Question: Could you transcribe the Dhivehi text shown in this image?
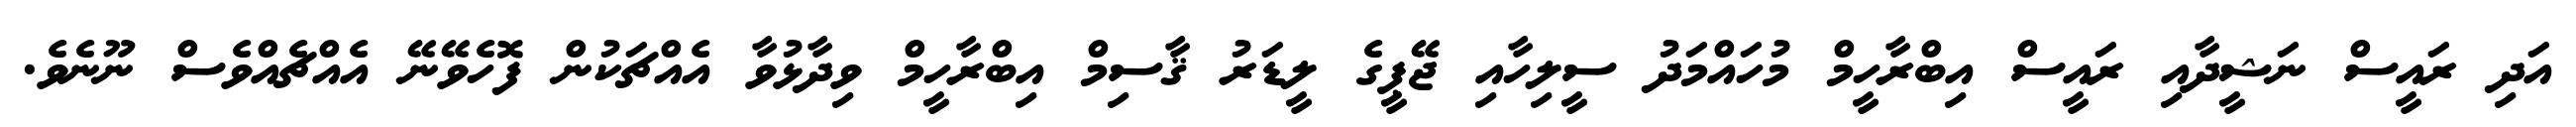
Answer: އަދި ރައީސް ނަޝީދާއި ރައީސް އިބްރާހީމް މުހައްމަދު ސީލިހާއި ޖޭޕީގެ ލީޑަރު ޤާސިމް އިބްރާހީމް ވިދާޅުވާ އެއްޗަކުން ފޮހެވޭނޭ އެއްޗެއްވެސް ނޫނެވެ.